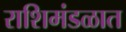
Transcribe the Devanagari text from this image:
राशिमंडळात